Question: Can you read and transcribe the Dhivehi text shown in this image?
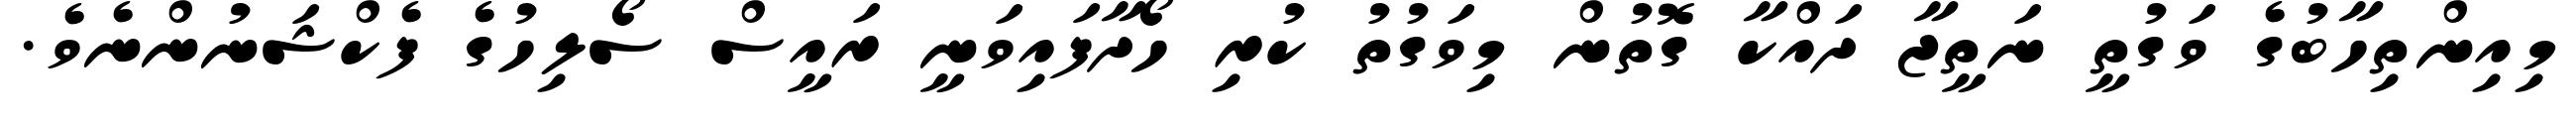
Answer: މިއިންތިހާބުގެ ވަގުތީ ނަތީޖާ ދައްކާ ގޮތުން މިވަގުތު ކުރި ހޯދާފައިވަނީ ރައީސް ސޯލިހުގެ ފެކްޝަނުންނެވެ.